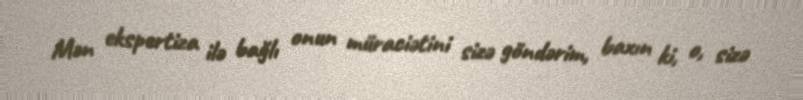
Mən ekspertiza ilə bağlı onun müraciətini sizə göndərim, baxın ki, o, sizə